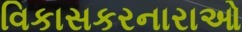
વિકાસકરનારાઓ